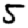
Digit: 5